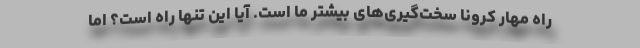
راه مهار کرونا سخت‌گیری‌های بیشتر ما است. آیا این تنها راه است؟ اما